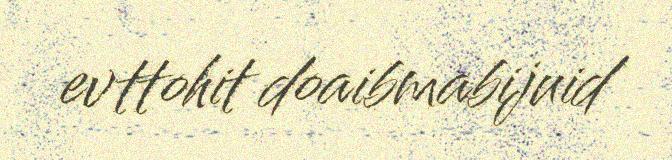
evttohit doaibmabijuid